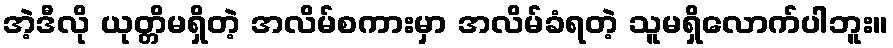
အဲ့ဒီလို ယုတ္တိမရှိတဲ့ အလိမ်စကားမှာ အလိမ်ခံရတဲ့ သူမရှိလောက်ပါဘူး။